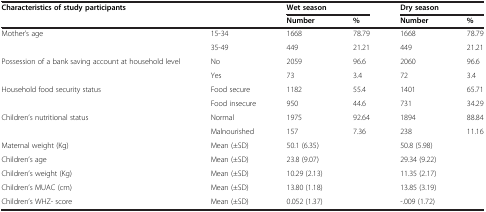
| <COLSPAN=2> Characteristics of study participants | <COLSPAN=2> Wet season | <COLSPAN=2> Dry season |
 | <COLSPAN=2>  | Number | % | Number | % |
 | --- | --- | --- | --- | --- | --- |
 | <ROWSPAN=2> Mother’s age | 15-34 | 1668 | 78.79 | 1668 | 78.79 |
 | 35-49 | 449 | 21.21 | 449 | 21.21 |
 | <ROWSPAN=2> Possession of a bank saving account at household level | No | 2059 | 96.6 | 2060 | 96.6 |
 | Yes | 73 | 3.4 | 72 | 3.4 |
 | <ROWSPAN=2> Household food security status | Food secure | 1182 | 55.4 | 1401 | 65.71 |
 | Food insecure | 950 | 44.6 | 731 | 34.29 |
 | <ROWSPAN=2> Children’s nutritional status | Normal | 1975 | 92.64 | 1894 | 88.84 |
 | Malnourished | 157 | 7.36 | 238 | 11.16 |
 | Maternal weight (Kg) | Mean (±SD) | 50.1 (6.35) |  | 50.8 (5.98) |  |
 | Children’s age | Mean (±SD) | 23.8 (9.07) |  | 29.34 (9.22) |  |
 | Children’s weight (Kg) | Mean (±SD) | 10.29 (2.13) |  | 11.35 (2.17) |  |
 | Children’s MUAC (cm) | Mean (±SD) | 13.80 (1.18) |  | 13.85 (3.19) |  |
 | Children’s WHZ- score | Mean (±SD) | 0.052 (1.37) |  | -.009 (1.72) |  |